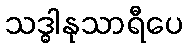
သဒ္ဓါနုသာရီပေ